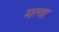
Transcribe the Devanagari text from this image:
मत्वा